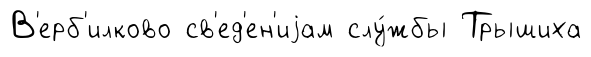
В'ерб'илково св'ед'ен'иjам слу́жбы Трышиха